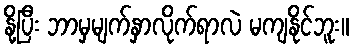
နို့ပြီး ဘာမှမျက်နှာလိုက်ရာလဲ မကျနိုင်ဘူး။